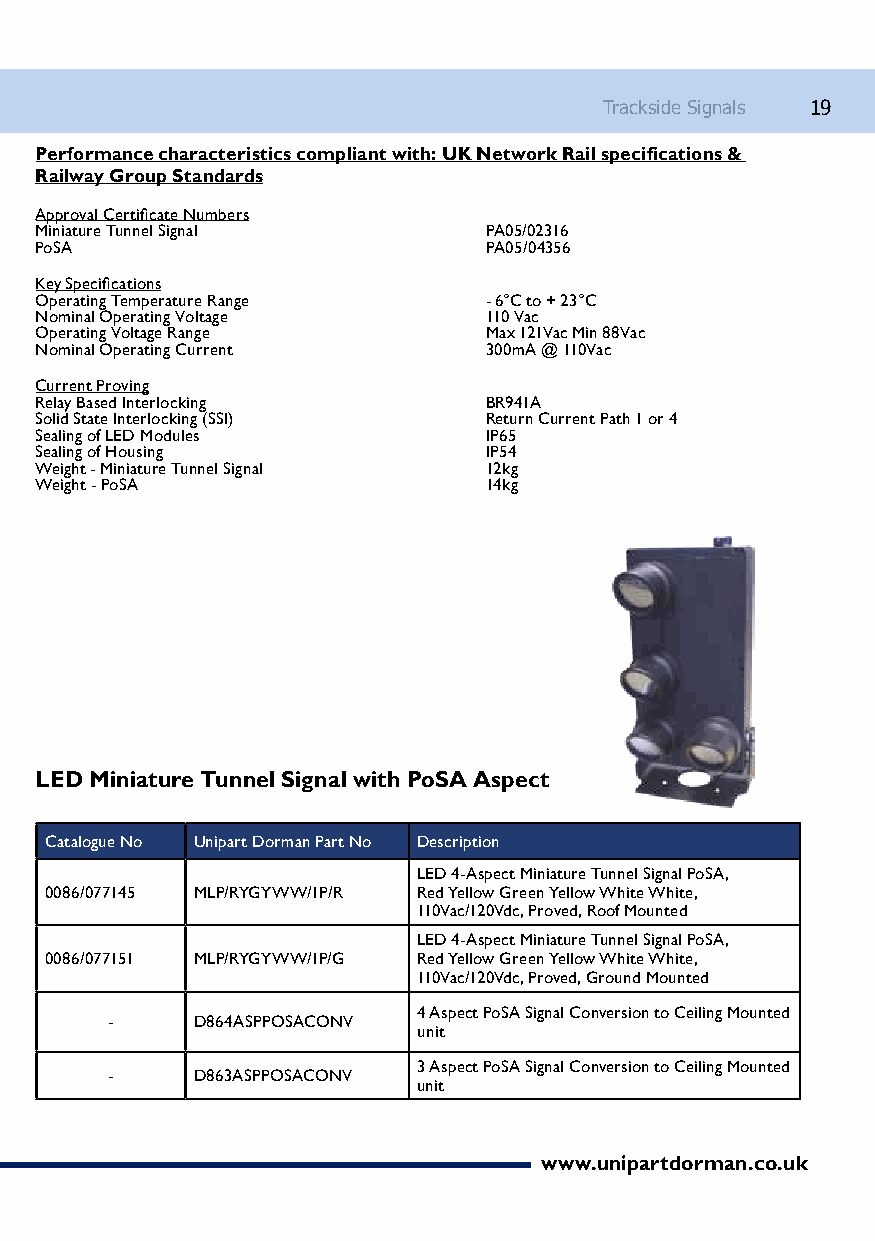
Trackside Signals 19
 Performance characteristics compliant with: UK Network Rail specifications &
 Railway Group Standards
 Approval Certificate Numbers
 Miniature Tunnel Signal       PA05/02316
 PoSA                     PA05/04356
 Key Specifications
 Operating Temperature Range   - 6°C to + 23°C
 Nominal Operating Voltage     110 Vac
 Operating Voltage Range       Max 121Vac Min 88Vac
 Nominal Operating Current     300mA @ 110Vac
 Current Proving
 Relay Based Interlocking      BR941A
 Solid State Interlocking (SSI) Return Current Path 1 or 4
 Sealing of LED Modules        IP65
 Sealing of Housing            IP54
 Weight - Miniature Tunnel Signal 12kg
 Weight - PoSA                 14kg
 LED Miniature Tunnel Signal with PoSA Aspect
 Catalogue No Unipart Dorman Part No Description
 LED 4-Aspect Miniature Tunnel Signal PoSA,
 0086/077145 MLP/RYGYWW/1P/R Red Yellow Green Yellow White White,
 110Vac/120Vdc, Proved, Roof Mounted
 LED 4-Aspect Miniature Tunnel Signal PoSA,
 0086/077151 MLP/RYGYWW/1P/G Red Yellow Green Yellow White White,
 110Vac/120Vdc, Proved, Ground Mounted
 4 Aspect PoSA Signal Conversion to Ceiling Mounted
 -     D864ASPPOSACONV
 unit
 3 Aspect PoSA Signal Conversion to Ceiling Mounted
 -     D863ASPPOSACONV
 unit
 www.unipartdorman.co.uk